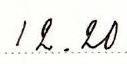
12.20